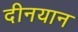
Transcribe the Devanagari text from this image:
दीनयान